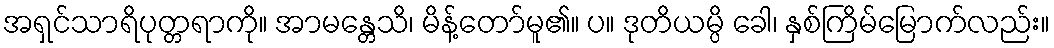
အရှင်သာရိပုတ္တရာကို။ အာမန္တေသိ၊ မိန့်တော်မူ၏။ ပ။ ဒုတိယမ္ပိ ခေါ၊ နှစ်ကြိမ်မြောက်လည်း။